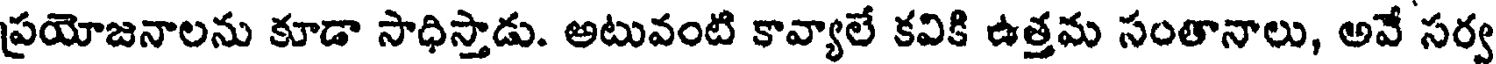
ప్రయోజనాలను కూడా సాధిస్తాడు. అటువంటి కావ్యాలే కవికి ఉత్తమ సంతానాలు, అవే సర్వ